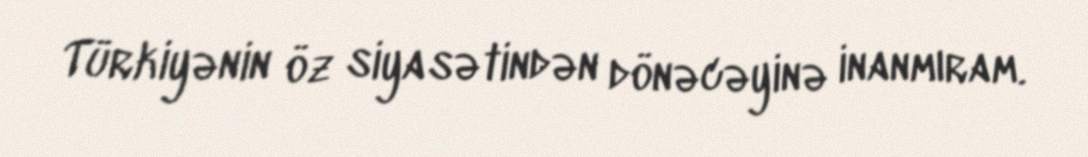
Türkiyənin öz siyasətindən dönəcəyinə inanmıram.